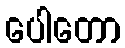
ပေါတော